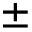
{ \pm }